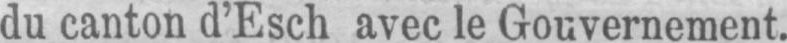
du canton d’Esch avec le Gouvernement.